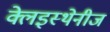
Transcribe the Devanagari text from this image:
क्लेइस्थेनीज